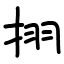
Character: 挧